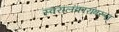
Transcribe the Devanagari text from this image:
स्वरालंकारांवरून